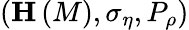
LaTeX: \left(\mathbf{H}\left(M\right),\sigma_{\eta},P_{\rho}\right)